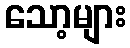
သော့များ